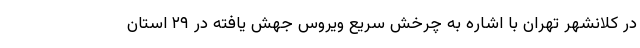
در کلانشهر تهران با اشاره به چرخش سریع ویروس جهش یافته در ۲۹ استان